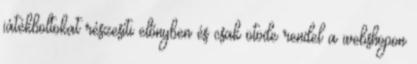
játékboltokat részesíti előnyben és csak ötöde rendel a webshopon